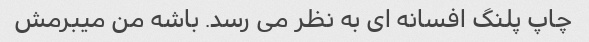
چاپ پلنگ افسانه ای به نظر می رسد. باشه من میبرمش